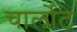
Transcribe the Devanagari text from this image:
चार्लोटे